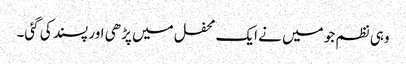
وہی نظم جو میں نے ایک محفل میں پڑھی اور پسند کی گئی۔